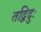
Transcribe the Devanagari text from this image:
तद्विदुः